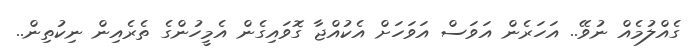
ގެއްލުމެއް ނުވޭ.. އަހަރެން އަވަސް އަވަހަށް އެކުއްޖާ ގޮވައިގެން އެމީހުންގެ ތެރެއިން ނިކުތިން..